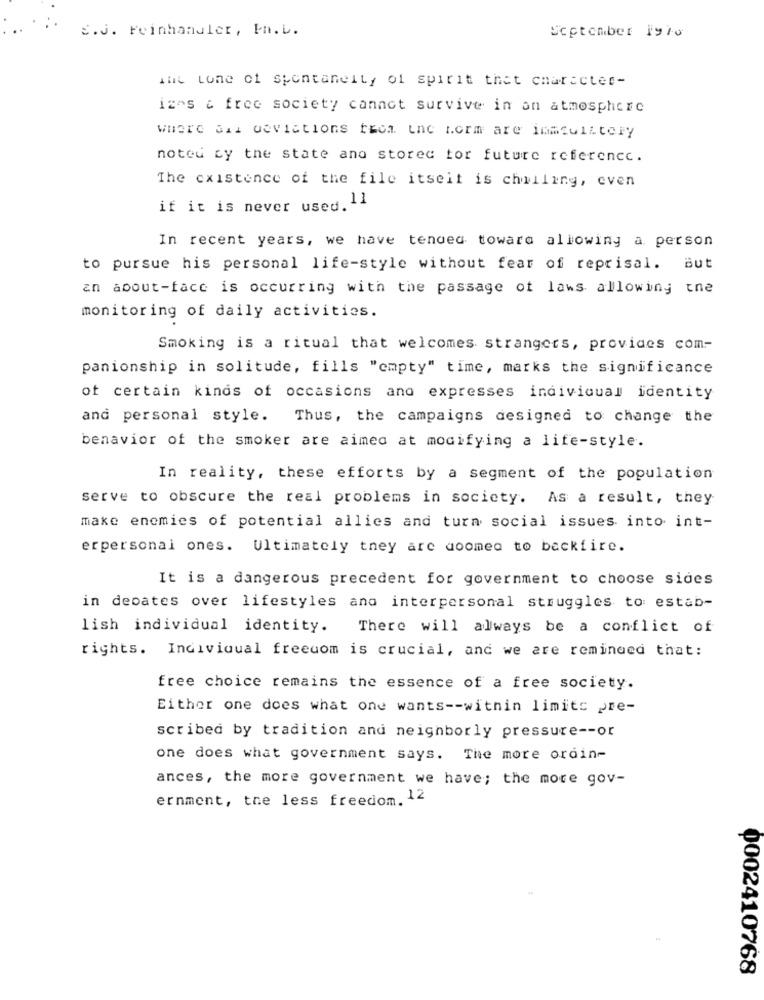
S.J. Feinhandler, In.L.
September 1910
ait Lone of spontaneity of spirit that character-
izas & free society cannot survive in an atmosphere
where sid deviations from inc form are inafulltery
noteu cy the state and stored for future reference.
The existence of the file itseit is chilling, even
if it is never used.11
In recent years, we have tended toware allowing a person
to pursue his personal life-style without fear of reprisal. but
an about-face is occurring with the passage of laws allowing the
monitoring of daily activities.
Smoking is a ritual that welcomes strangers, provides com-
panionship in solitude, fills "empty" time, marks the significance
of certain kinds of occasions and expresses individual identity
and personal style. Thus, the campaigns designed to change the
benavior of the smoker are aimed at modifying a life-style.
In reality, these efforts by a segment of the population
serve to obscure the real problems in society. As a result, they
make enemies of potential allies and turn social issues into int-
erpersonal ones. Ultimately they are doomed to backfire.
It is a dangerous precedent for government to choose sides
in deoates over lifestyles ano interpersonal struggles to estab-
lish individual identity.
There will always be a conflict of
rights. Individual freedom is crucial, and we are reminded that:
free choice remains the essence of a free society.
Either one does what one wants -- within limits pre-
scribed by tradition and neighborly pressure -- or
one does what government says. The more ordin-
ances, the more government we have; the more gov-
ernment, the less freedom. 12
0002410768